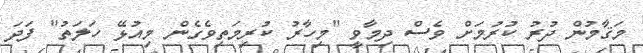
މަޤާމުން ދުރު ކުރުމަށް ވެސް ދިމާވީ "މިހާރު ކުރިމަތިވެގެން މިއުޅޭ ހަލަތު" ފަދަ